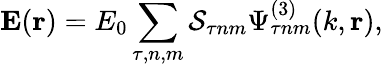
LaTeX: \textbf{E}(\textbf{r})=E_{0}\sum_{\tau,n,m}\mathcal{S}_{\tau nm}\Psi_{\tau nm}^{(3)}(k,\mathbf{r}),